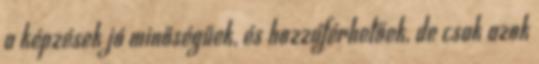
a képzések jó minőségűek, és hozzáférhetőek, de csak azok